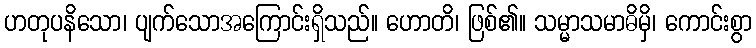
ဟတုပနိသော၊ ပျက်သောအကြောင်းရှိသည်။ ဟောတိ၊ ဖြစ်၏။ သမ္မာသမာဓိမှိ၊ ကောင်းစွာ